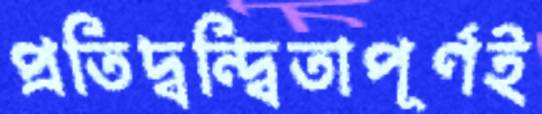
প্রতিদ্বন্দ্বিতাপূর্ণই